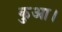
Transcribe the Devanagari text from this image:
कुआ।